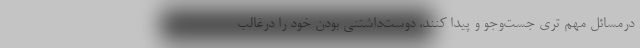
درمسائل مهم تری جست‌وجو و پیدا کنند، دوست‌داشتنی بودن خود را درغالب